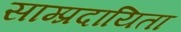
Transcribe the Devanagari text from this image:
साम्प्रदायिता